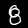
Label: 8